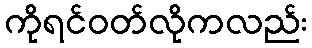
ကိုရင်ဝတ်လိုကလည်း